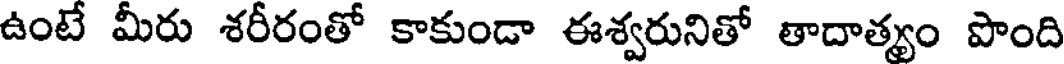
ఉంటే మీరు శరీరంతో కాకుండా ఈశ్వరునితో తాదాత్యం పొంది